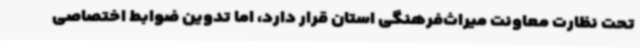
تحت نظارت معاونت میراث‌فرهنگی استان قرار دارد، اما تدوین ضوابط اختصاصی